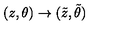
( z , \theta ) \rightarrow ( { \tilde { z } } , { \tilde { \theta } } )